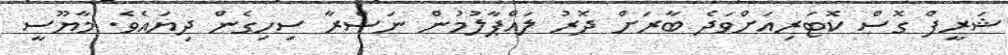
ޝަރީފް ގޮސް ކޮޓަރިއަށްވަދެ ބާރަށް ދޮރު ލައްޕާލުމުން ނަޞްރާ ސިހިގެން ދިޔައެވެ. މާޔޫސީ